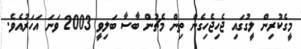
މީގެކުރިން ލީގުގައި ޖެހިޖެހިގެން ތިން މެޗުން ބާސާ ބަލިވީ 2003 ވަނަ އަހަރުއެވެ.